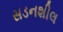
સડનશીલ